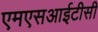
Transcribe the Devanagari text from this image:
एमएसआईटीसी